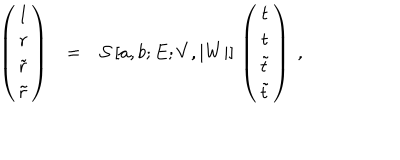
LaTeX: \begin{array} { c c l } { { \left( \begin{array} { c } { { 1 } } \\ { { r } } \\ { { \tilde { r } } } \\ { { \tilde { r } } } \\ \end{array} \right) } } & { { = } } & { { \mathcal { S } \, [ a , b ; E ; V , | W | ] \, \left( \begin{array} { c } { { t } } \\ { { t } } \\ { { \tilde { t } } } \\ { { \tilde { t } } } \\ \end{array} \right) ~ , } } \\ \end{array}